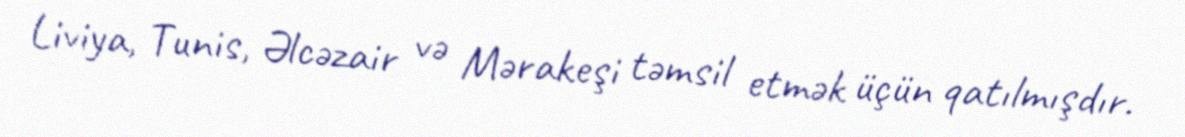
Liviya, Tunis, Əlcəzair və Mərakeşi təmsil etmək üçün qatılmışdır.